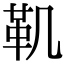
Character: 𩉜